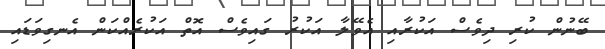
ބޭނުން ކުރި ދިވެސް އަކުރާއި އެވޭލާ އަކުރު ގައިވެސް އޮތް އަކުރެއްކަން އެނގިވަޑައި